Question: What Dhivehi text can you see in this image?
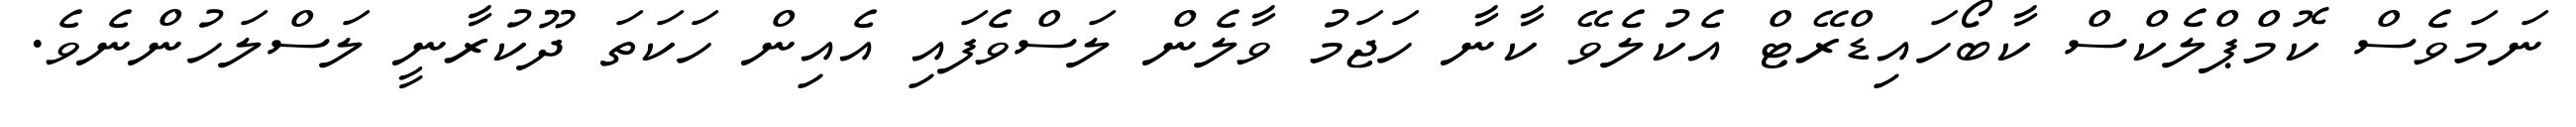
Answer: ނަމަވެސް ކޮމްޕްލެކްސް ކާބޯހައިޑްރޭޓް އެކުލެވޭ ކާނާ ހަޖަމު ވާލެން ލަސްވެފައި އެއިން ހަކަތަ ދޫކުރާނީ ލަސްލަހުންނެވެ.